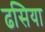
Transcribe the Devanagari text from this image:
ढसिया